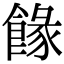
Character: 餯